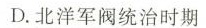
D.北洋军阀统治时期